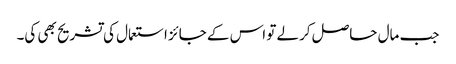
جب مال حاصل کرلے تو اس کے جائز استعمال کی تشریح بھی کی۔